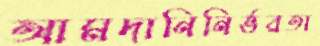
আমদানিনির্ভরতা